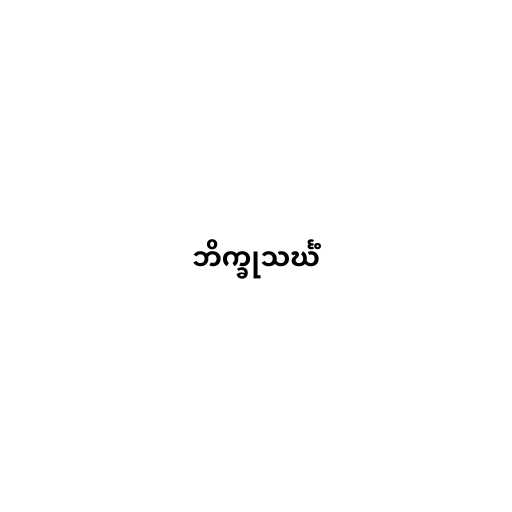
ဘိက္ခုသင်္ဃံ